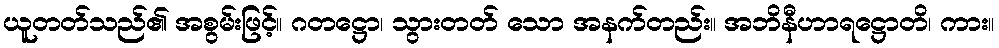
ယူတတ်သည်၏ အစွမ်းဖြင့်။ ဂတဋ္ဌော၊ သွားတတ် သော အနက်တည်း။ အဘိနီဟာရဋ္ဌောတိ၊ ကား။